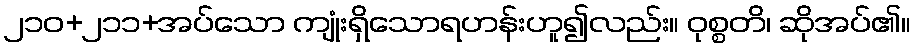
၂၁၀+၂၁၁+အပ်သော ကျုံးရှိသောရဟန်းဟူ၍လည်း။ ဝုစ္စတိ၊ ဆိုအပ်၏။